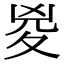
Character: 㚇